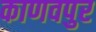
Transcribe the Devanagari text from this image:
काणवपुर